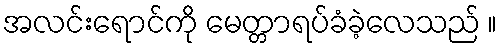
အလင်းရောင်ကို မေတ္တာရပ်ခံခဲ့လေသည် ။